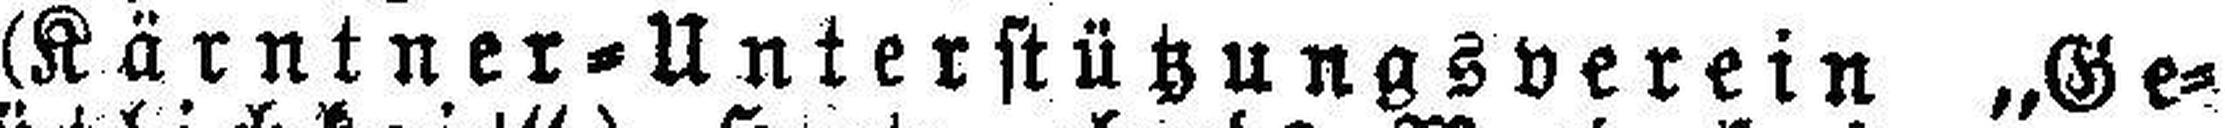
(Kärntner=Unterstützungsverein „Ge¬